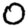
Digit: 0